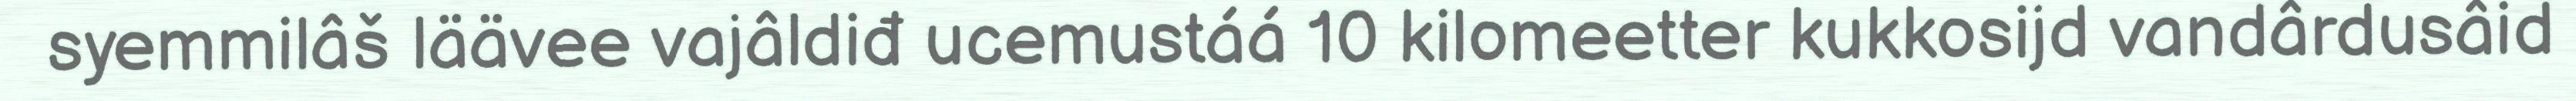
syemmilâš läävee vajâldiđ ucemustáá 10 kilomeetter kukkosijd vandârdusâid